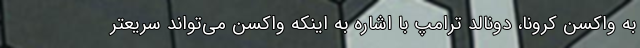
به واکسن کرونا، دونالد ترامپ با اشاره به اینکه واکسن می‌تواند سریعتر